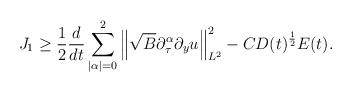
LaTeX: \begin{align*}J_1\ge \frac 12\frac d{dt}\sum\limits_{|\alpha|=0}^{2}\left\|\sqrt{B}\partial_\tau^\alpha\partial_y u\right\|_{L^2}^2-CD(t)^{\frac12}E(t).\end{align*}